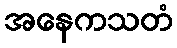
အနေကသတံ